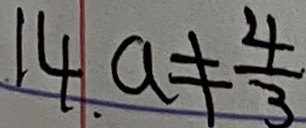
1 4 . a \neq p \frac { 4 } { 3 }